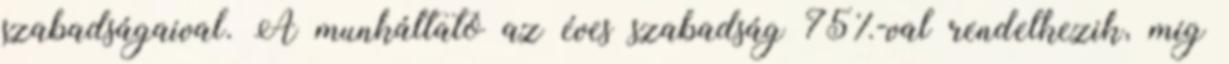
szabadságaival. A munkáltató az éves szabadság 75%-val rendelkezik, míg